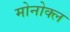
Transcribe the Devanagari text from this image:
मोनोक्ल